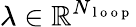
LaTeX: \lambda\in\mathbb{R}^{N_{\mathrm{~l~o~o~p~}}}